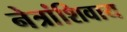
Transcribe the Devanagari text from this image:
नेत्रांशिवाय